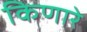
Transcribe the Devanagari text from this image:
किणारे